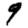
Digit: 9